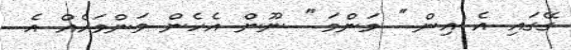
ގޭގައި އެ އިން '' މަންމަ '' ނޫން އެހެން މަންމައެއް އެ